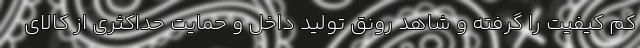
کم کیفیت را گرفته و شاهد رونق تولید داخل و حمایت حداکثری از کالای